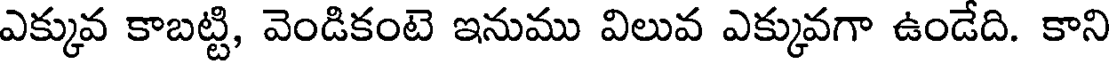
ఎక్కువ కాబట్టి, వెండికంటె ఇనుము విలువ ఎక్కువగా ఉండేది. కాని